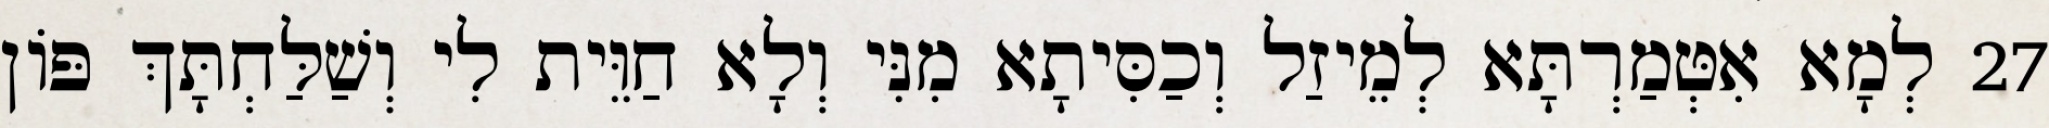
27 לְמָא אִטְּמַרְתָּא לְמֵיזַל וְכַסִּיתָא מִנִּי וְלָא חַוֵּית לִי וְשַׁלַּחְתָּךְ פּוֹן